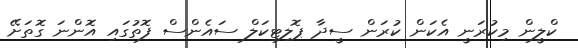
ކްލީން މިކުރަނީ އެކަން ކުރަން ސީދާ ޕޮލިޓިކަލް ސައެންސް ފޮތުގައި އޮންނަ ގޮތަށޭ